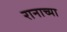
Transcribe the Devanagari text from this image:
रानाच्या